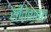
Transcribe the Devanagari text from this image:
सीतेबाबत